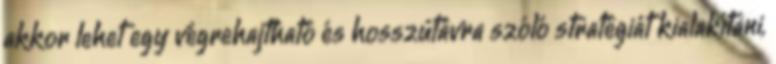
akkor lehet egy végrehajtható és hosszútávra szóló stratégiát kialakítani,